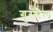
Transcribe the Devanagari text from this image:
गुस्‍सैल